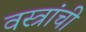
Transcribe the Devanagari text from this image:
वस्त्रांची